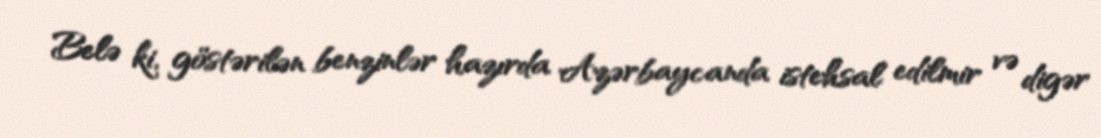
Belə ki, göstərilən benzinlər hazırda Azərbaycanda istehsal edilmir və digər